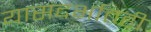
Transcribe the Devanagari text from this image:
यासंदर्भातही